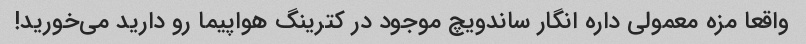
واقعا مزه معمولی داره انگار ساندویچ موجود در کترینگ هواپیما رو دارید می‌خورید!